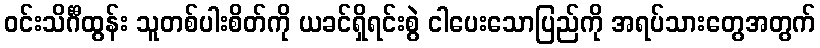
ဝင်းသိင်္ဂီထွန်း သူတစ်ပါးစိတ်ကို ယခင်ရှိရင်းစွဲ ငါပေးသောပြည်ကို အရပ်သားတွေအတွက်